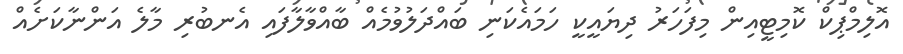
އޮލިމްޕިކް ކޮމިޓީއިން މިފަހަރު ދިޔައީކީ ހަމައެކަނި ބައްދަލުވުމެއް ބާއްވާލާފައި އެނބުރި މާލެ އަންނާކަށެއް